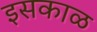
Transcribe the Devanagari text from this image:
इसकाळ